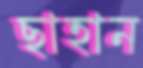
ছাহান